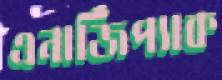
এনার্জিপ্যাক